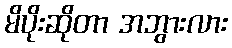
မိပိုးဆိုတာ အဘွားလား